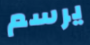
يرسم